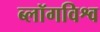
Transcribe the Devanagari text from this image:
ब्लॉगविश्व